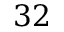
3 2